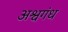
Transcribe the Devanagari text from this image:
अश्वगंध